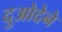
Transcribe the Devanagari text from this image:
दुओदेने